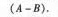
(A-B).